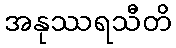
အနုဿရသီတိ